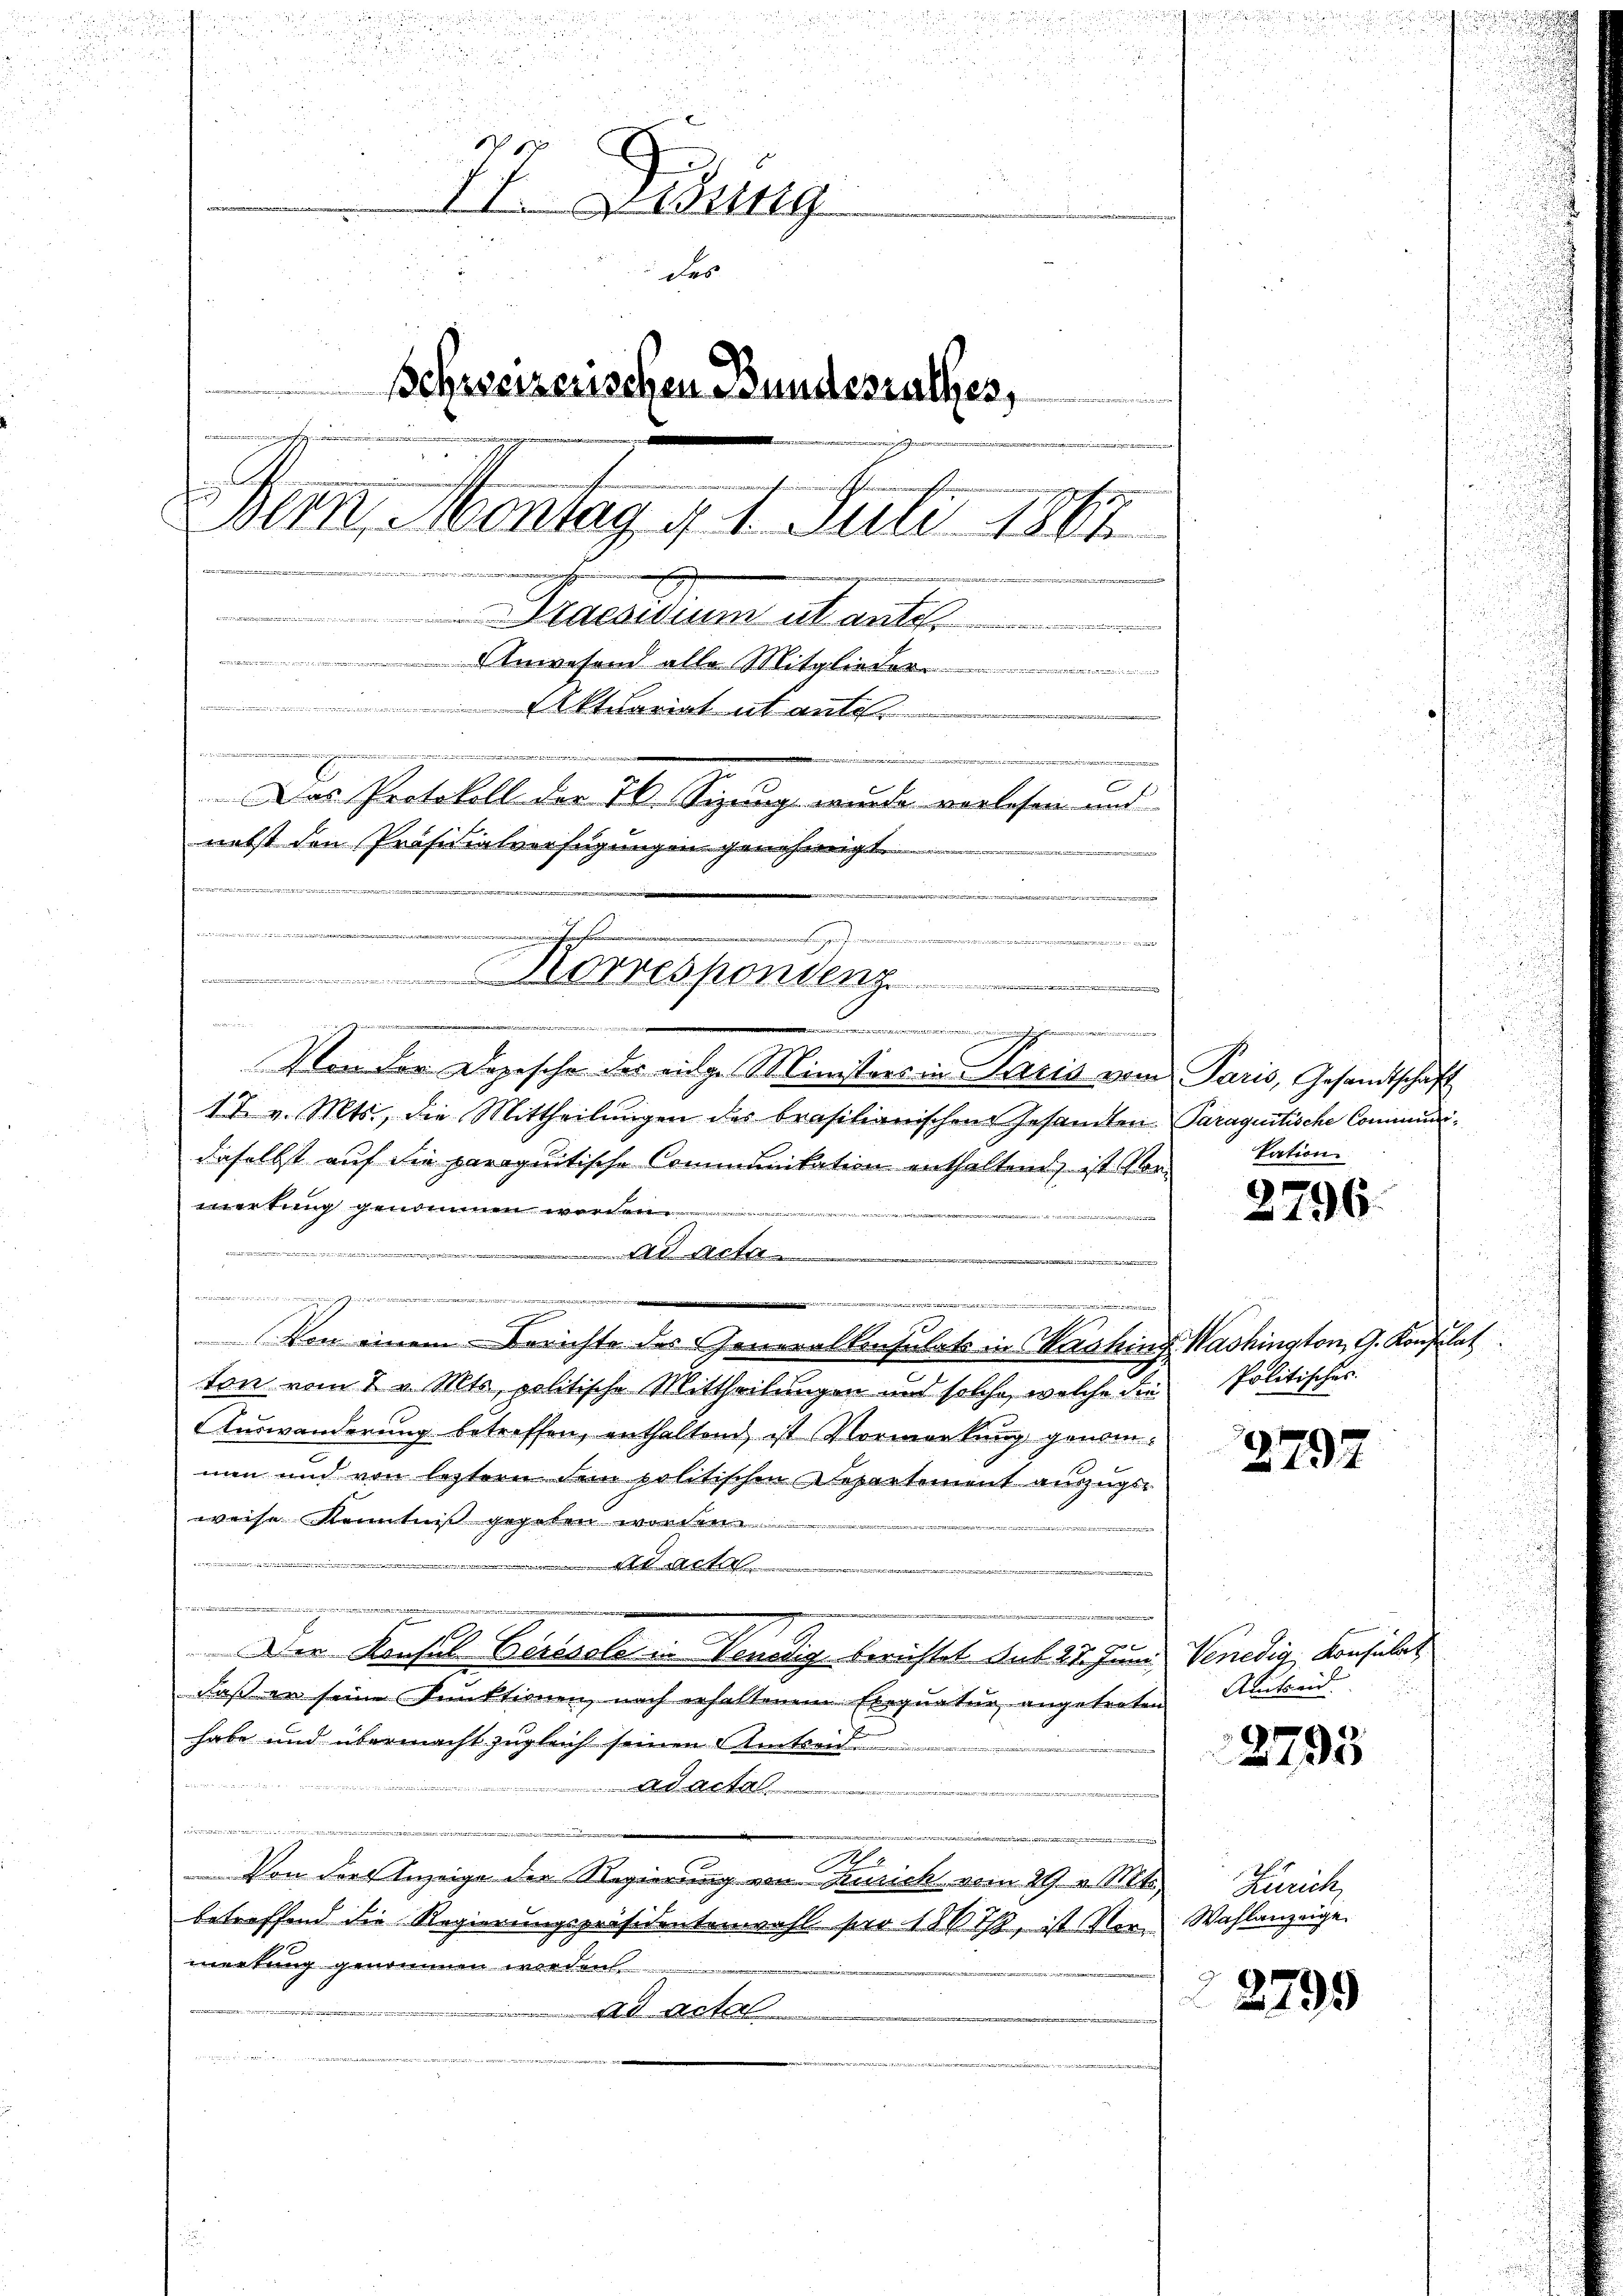
u
.
d
u

IV. Libung
des
Schweizerischen Bundesrathes,
Gem. Montag d. 1. Juli 1847
i
Praedium deuts
 Anwesen alle Mitgliede
Aktuariat abante.
n
n
,725. 54 x 2 25
Das Protokoll der 76. Sizung wurde vorlesen und
nebst den Präsidialverfügungen genehmigt.
e
e

e

esponden ....................

edenen

Von der Depesche des eidge Ministers in Paris vom Paris, Gesandtschaft
17 v. Mts., die Mittheilungen des brasilianischen Gesamten Paraguitische Communidaselbst auf die paraguitische Communikation enthaltend, ist Vor-
mertung genommen worden
vre e
 Art.

ereite de
urat
s
e
Von einem Berichte des Generalkonsulats in Kratung Washington G. Konsulat
ton vom 2 v. Mts, politische Mittheilungen und solche, welche die
AAuswanderung betreffen, enthaltend ist Vormerkung genommen und von letztern dem politischen Departement auszuge
weise Kenntniß gegeben worden.
Arte
  wenn der die we
e
Der Konsul Bericolo in Venedig berichtet sub. 21. Juni, Venedig, Konsulat
daß er seine Punktionen, nach erhaltenem Exequatur angetreten
habe und übermacht zugleich seinen Amtsen
Adacte
u
utritt der
Von der Anzeige der Regierung von Zusich vom 29. v. Mts.
betreffend die Regierungspräsidentenwahl pro 1867, ist Vor- Wahlanzeige
mertung genommen worden.
ad actal.

kation

2796.

Politisches

2797

Austreid.

2795

Zürich,

2799

.